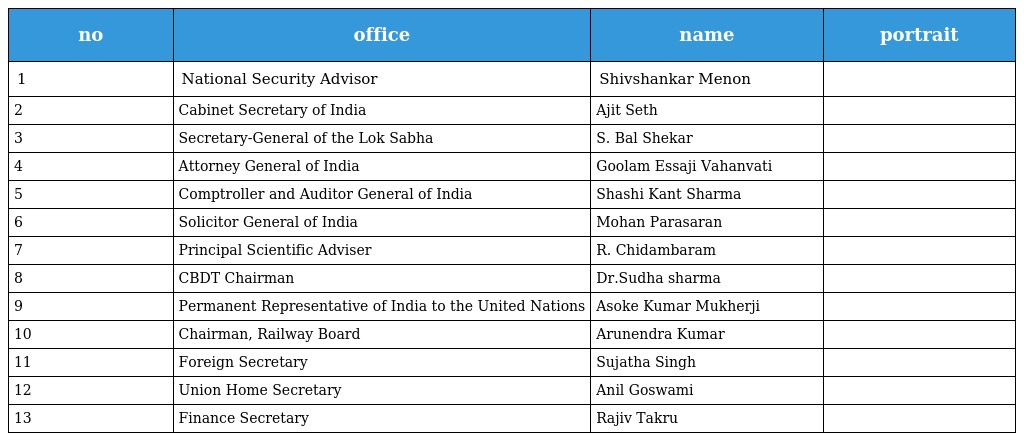
| no | office | name | portrait |
 | --- | --- | --- | --- |
 | 1 | National Security Advisor | Shivshankar Menon |  |
 | 2 | Cabinet Secretary of India | Ajit Seth |  |
 | 3 | Secretary-General of the Lok Sabha | S. Bal Shekar |  |
 | 4 | Attorney General of India | Goolam Essaji Vahanvati |  |
 | 5 | Comptroller and Auditor General of India | Shashi Kant Sharma |  |
 | 6 | Solicitor General of India | Mohan Parasaran |  |
 | 7 | Principal Scientific Adviser | R. Chidambaram |  |
 | 8 | CBDT Chairman | Dr.Sudha sharma |  |
 | 9 | Permanent Representative of India to the United Nations | Asoke Kumar Mukherji |  |
 | 10 | Chairman, Railway Board | Arunendra Kumar |  |
 | 11 | Foreign Secretary | Sujatha Singh |  |
 | 12 | Union Home Secretary | Anil Goswami |  |
 | 13 | Finance Secretary | Rajiv Takru |  |